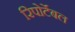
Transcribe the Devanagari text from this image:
रिपोर्टेबल